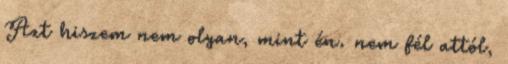
Azt hiszem nem olyan, mint én. nem fél attól,